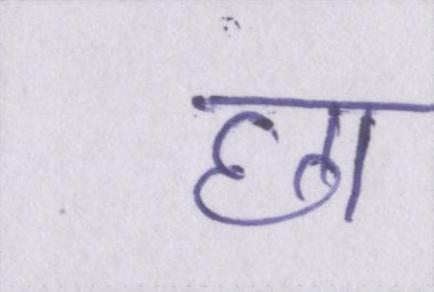
छा